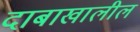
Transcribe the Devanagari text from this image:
दाबाखालील